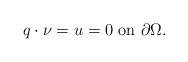
LaTeX: \begin{align*}q\cdot\nu=u=0 \mbox{ on }\partial\Omega.\end{align*}